Civil Veterinary Department. Central Provinces & Berar 1932-41 - 1932-1941
Year: 1932
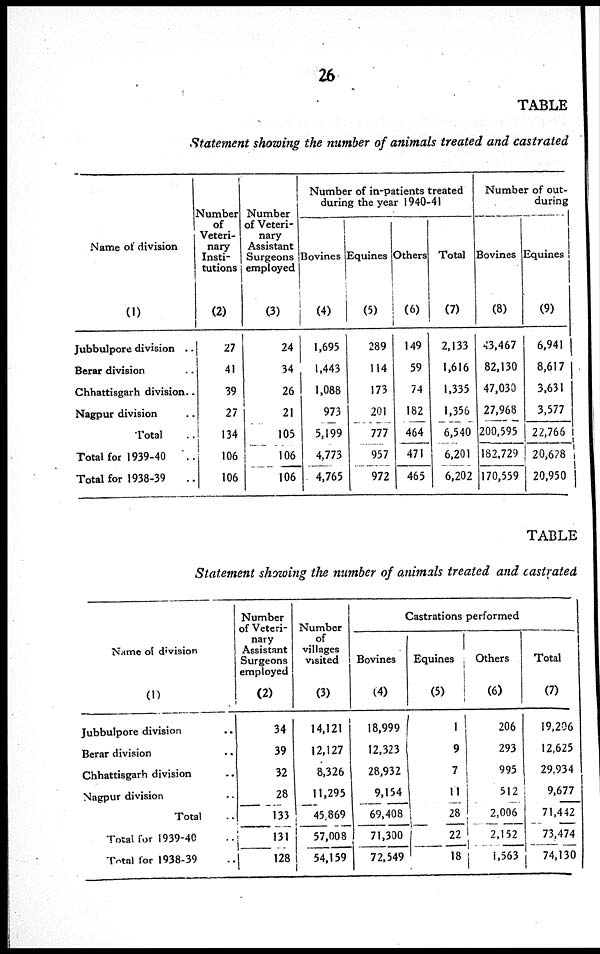
26
TABLE
Statement showing the number of animals treated and castrated
Name of division
(1)
Jubbulpore division ..
Berar division ..
Chhattisgarh division ..
Nagpur division ..
Total ..
Total for 1939-40 ..
Total for 1938-39 ..
Number
of
Veteri-
nary
Insti-
tutions
(2)
27
41
39
27
134
106
106
Number
of Veteri-
nary
Assistant
Surgeons
employed
(3)
24
34
26
21
105
106
106
Number of in-patients treated
during the year 1940-41
Bovines
(4)
1,695
1,443
1,088
973
5,199
4,773
4,765
Equines
(5)
289
114
173
201
777
957
972
Others
(6)
149
59
74
182
464
471
465
Total
(7)
2,133
1,616
1,335
1,356
6,540
6,201
6,202
Number of out-
during
Bovines
(8)
43,467
82,130
47,030
27,968
200,595
182.729
170,559
Equines
(9)
6,941
8,617
3,631
3,577
22,766
20,628
20,950
TABLE
Statement showing the number of animals treated and castrated
Name of division
(1)
Jubbulpore division ..
Berar division ..
Chhattisgarh division ..
Nagpur division ..
Total ..
Total for 1939-40 ..
Total for 1938-39 ..
Number
of Veteri-
nary
Assistant
Surgeons
employed
(2)
34
39
32
28
133
131
128
Number
of
villages
visited
(3)
14,121
12,127
8,326
11,295
45,869
57,008
54,159
Castrations performed
Bovines
(4)
18,999
12,323
28,932
9,154
69,408
71,300
72,549
Equines
(5)
1
9
7
11
28
22
18
Others
(6)
206
293
995
512
2,006
2,152
1,563
Total
(7)
19,206
12,625
29,934
9,677
71,442
73,474
74,130